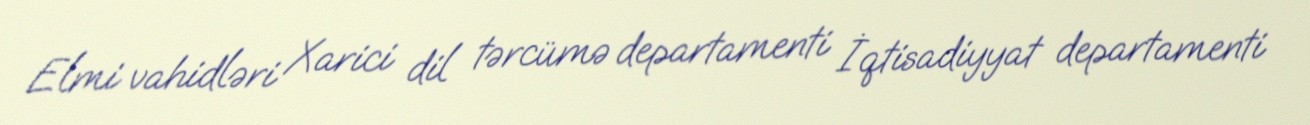
Elmi vahidləri Xarici dil tərcümə departamenti İqtisadiyyat departamenti